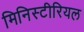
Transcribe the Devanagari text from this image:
मिनिस्टीरियल